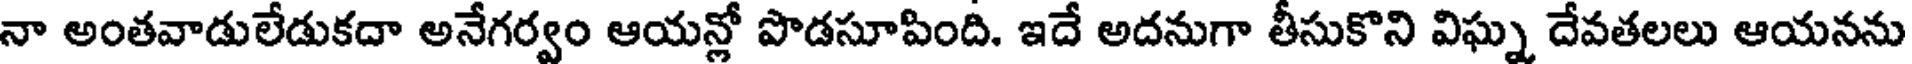
నా అంతవాడులేడుకదా అనేగర్వం ఆయన్లో పొడసూపింది. ఇదే అదనుగా తీసుకొని విఘ్న దేవతలలు ఆయనను